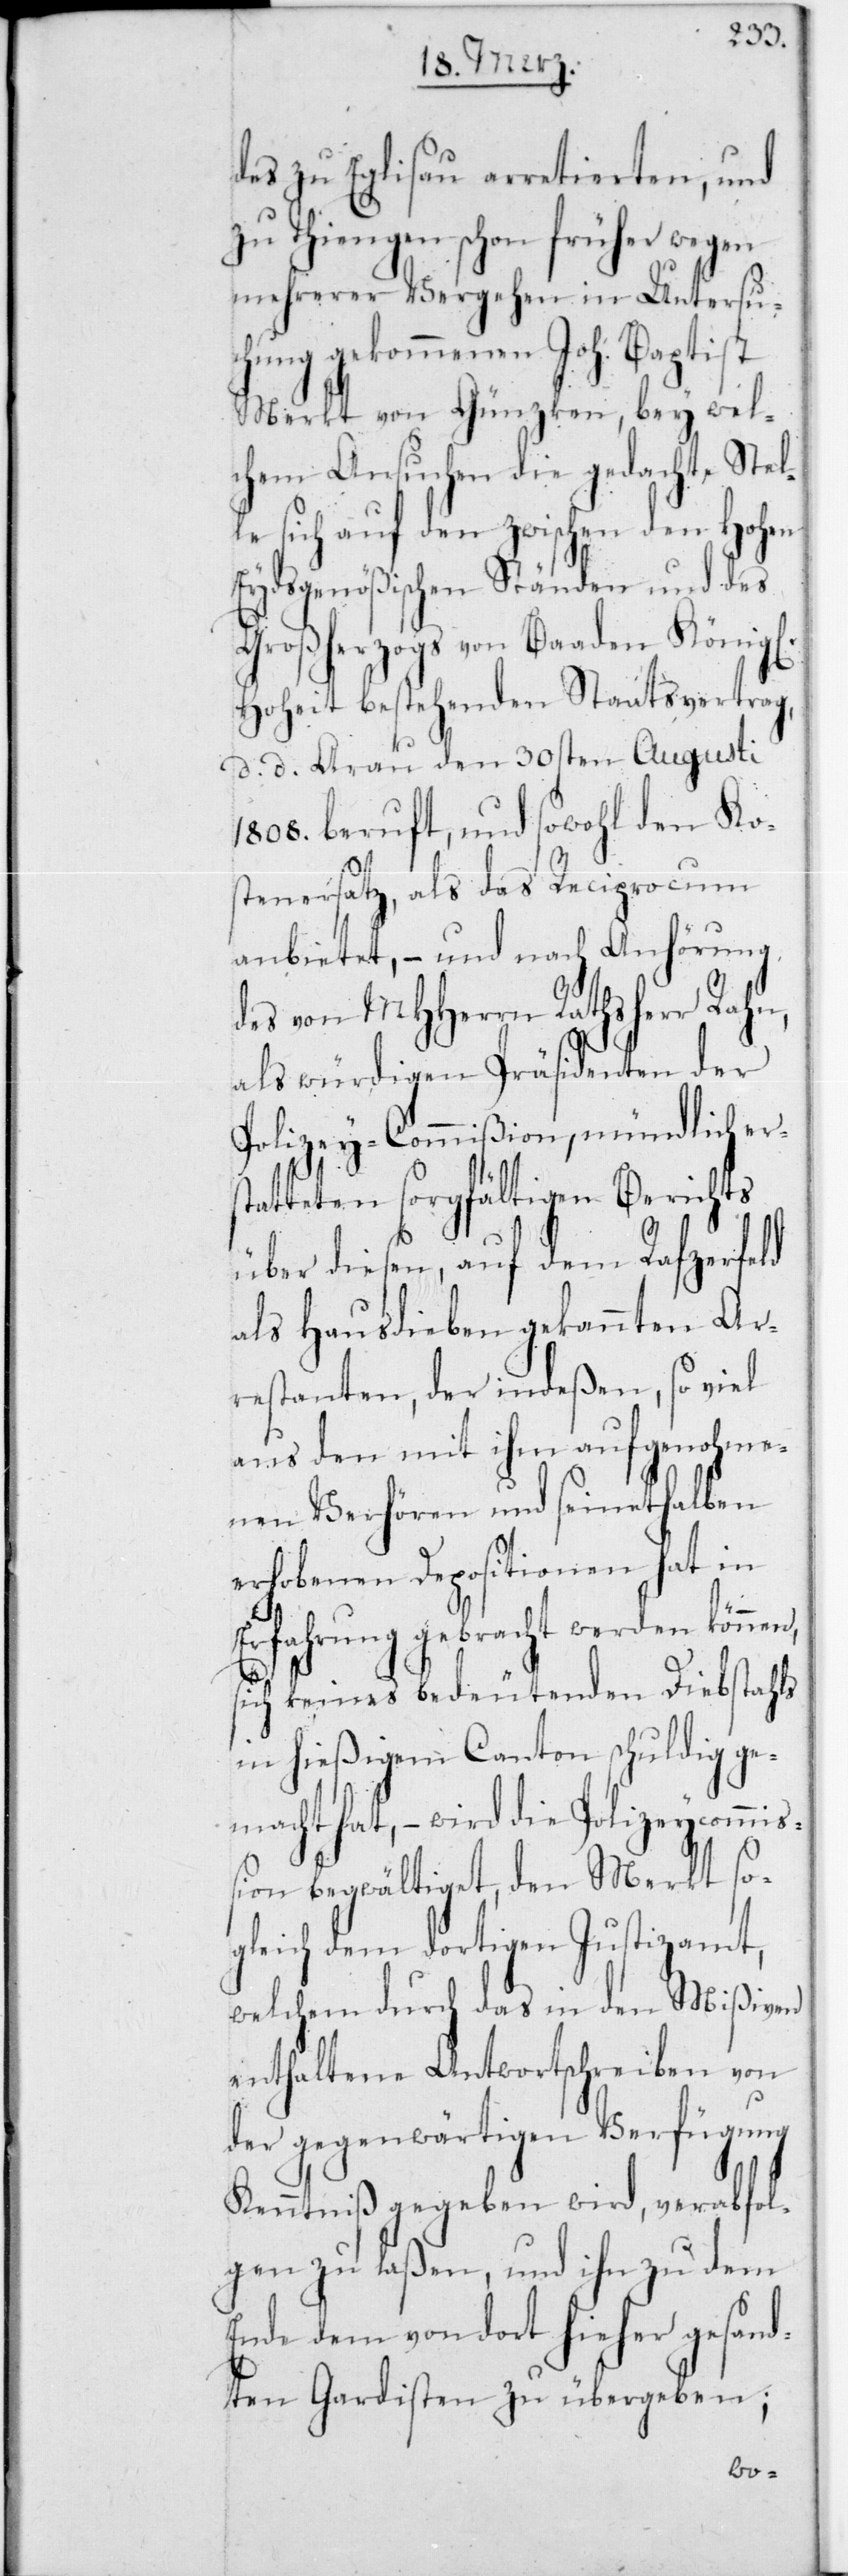
des zu Eglisau arretierten, und
zu Thiengen schon früher wegen
mehrerer Vergehen in Untersu¬
chung gekommenen Joh. Baptist
Merkt von Günzken, bey wel¬
chem Ansuchen die gedachte Stel¬
le sich auf den zwischen den Hohen
Eydsgenößischen Ständen und des
Großherzogs von Baaden Königl.
Hoheit bestehenden Staatsvertrag,
d. d. Aarau den 30sten Augusti
1808, beruft, und sowohl den Kos¬
tenersatz, als das Reciprocum
anbietet, – und nach Anhörung
des von MHHerrn Rathsherr Rahn,
als würdigen Präsidenten der
Polizey-Commißion, mündlich er¬
statteten sorgfältigen Berichts
über diesen, auf dem Rafzerfeld
als Hausdieben gekannten Ar¬
restanten, der indeßen, so viel
aus den mit ihm aufgenohme¬
nen Verhören und seinethalben
erhobenen Depositionen hat in
Erfahrung gebracht werden können,
sich keines bedeutenden Diebstahls
in hießigem Canton schuldig ge¬
macht hat, – wird die Polizeycommi¬
ßion begwältiget, den Merkt so¬
gleich dem dortigen Justizamt,
welchem durch das in den Mißiven
enthaltene Antwortschreiben von
der gegenwärtigen Verfügung
Kenntniß gegeben wird, verabfol¬
gen zu laßen, und ihn zu dem
Ende dem von dort hieher gesand¬
ten Gardisten zu übergeben;